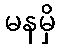
မနမှိ